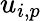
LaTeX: u_{i,p}